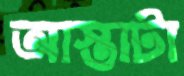
আস্তাটা